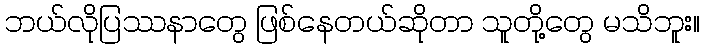
ဘယ်လိုပြဿနာတွေ ဖြစ်နေတယ်ဆိုတာ သူတို့တွေ မသိဘူး။